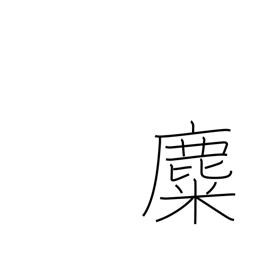
Meaning: reindeer